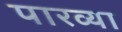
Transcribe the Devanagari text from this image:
पारव्या